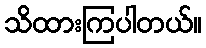
သိထားကြပါတယ်။